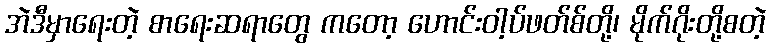
အဲဒီမှာရေးတဲ့ စာရေးဆရာတွေ ကတော့ ဟောင်းဝါ့ပ်ဖတ်စ်တို့၊ မိုက်ဂိုးတို့စတဲ့